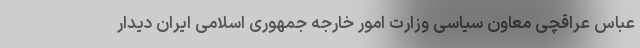
عباس عراقچی معاون سیاسی وزارت امور خارجه جمهوری اسلامی ایران دیدار